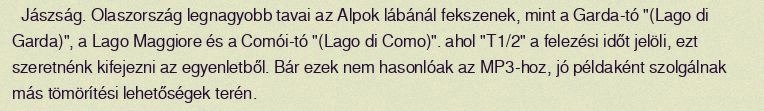
Jászság. Olaszország legnagyobb tavai az Alpok lábánál fekszenek, mint a Garda-tó "(Lago di Garda)", a Lago Maggiore és a Comói-tó "(Lago di Como)". ahol "T1/2" a felezési időt jelöli, ezt szeretnénk kifejezni az egyenletből. Bár ezek nem hasonlóak az MP3-hoz, jó példaként szolgálnak más tömörítési lehetőségek terén.